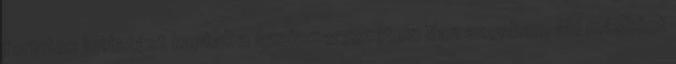
forintos juttatást kaptak a szakszervezetek. Van azonban, aki másként